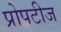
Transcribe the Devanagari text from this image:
प्रोपटीज